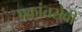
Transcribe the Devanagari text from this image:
एकांतसेवी